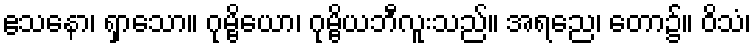
ဧသနော၊ ရှာသော။ ဂုမ္ဗိယော၊ ဂုမ္ဗိယဘီလူးသည်။ အရညေ၊ တော၌။ ဝိသံ၊